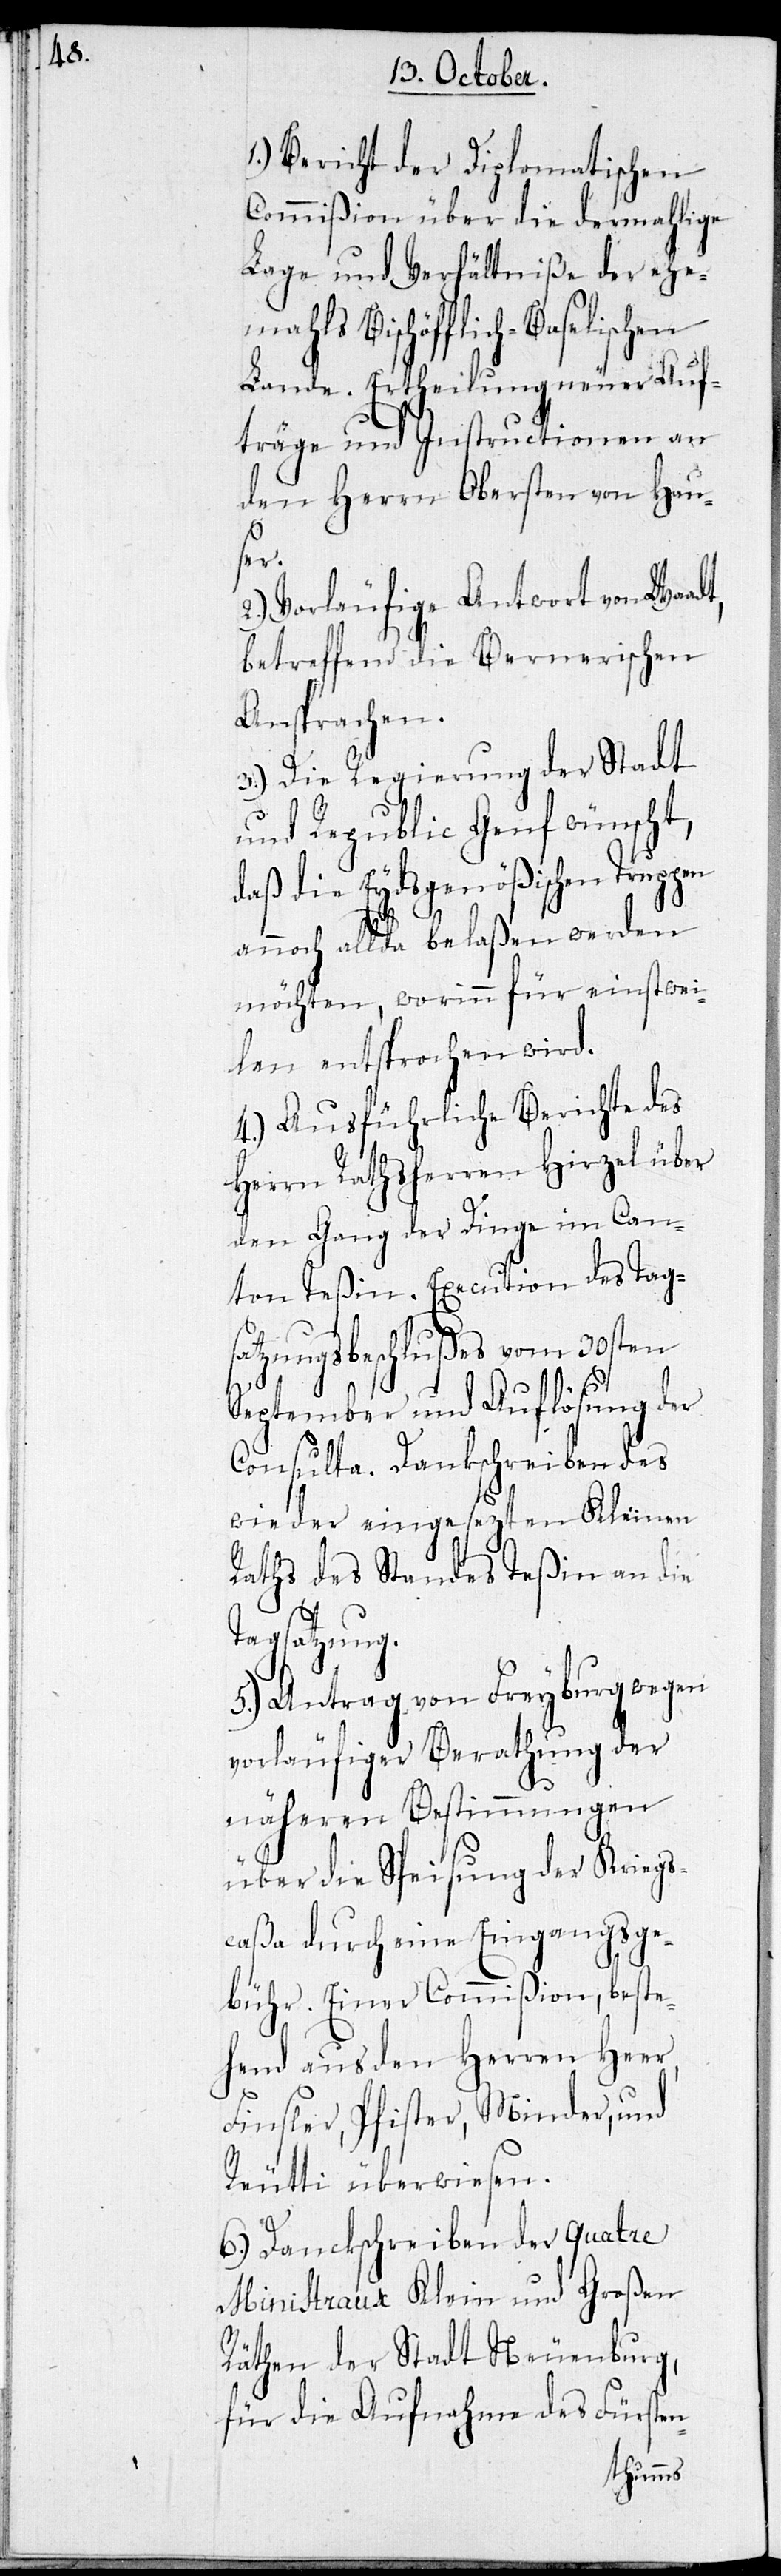
1.) Bericht der Diplomatischen
Commißion über die dermahlige
Lage und Verhältniße der ehe¬
mahls Bischöfflich-Baselischen
Lande. Ertheilung neuer Auf¬
träge und Instructionen an
den Herrn Obersten von Hau¬
dt,
2.) Vorläufige Antwort von Waa¬
betreffend die Bernerischen
Ansprachen.
3.) Die Regierung der Stadt
und Republic Genf wünscht,
daß die Eydsgenößischen Truppen
annoch allda belaßen werden
möchten, worinn für einstwei¬
len entsprochen wird.
4.) Ausführliche Berichte des
Herrn Rathsherren Hirzel über
den Gang der Dinge im Can¬
ton Teßin. Execution des Tag¬
satzungsbeschlußes vom 30sten
September und Auflösung der
Consulta. Dankschreiben des
wieder eingesezten Kleinen
Raths des Standes Teßin an die
Tagsatzung.
5.) Antrag von Freyburg wegen
vorläufiger Berathung der
näheren Bestimmungen
über die Speisung der Kriegs¬
caßa durch eine Eingangsge¬
bühr. Einer Commißion, beste¬
hend aus den Herren Heer,
Finsler, Pfister, Minder und
Reutti überwiesen.
6.) Danckschreiben der quatre
Ministraux Klein und Großen
Räthen der Stadt Neuenburg
für die Aufnahme des Fürsten-